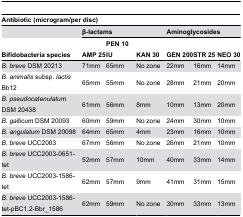
<table><thead><tr><td colspan="7"><b>Antibiotic (microgram/per disc)</b></td></tr><tr><td></td><td colspan="3"><b>β-lactams</b></td><td colspan="3"><b>Aminoglycosides</b></td></tr><tr><td><b>Bifidobacteria species</b></td><td><b>AMP 25</b></td><td><b>PEN 10 IU</b></td><td><b>KAN 30</b></td><td><b>GEN 200</b></td><td><b>STR 25</b></td><td><b>NEO 30</b></td></tr></thead><tbody><tr><td><i>B. breve</i> DSM 20213</td><td>71mm</td><td>65mm</td><td>No zone</td><td>22mm</td><td>16mm</td><td>14mm</td></tr><tr><td><i>B. animalis</i> subsp. <i>lactis</i> Bb12</td><td>65mm</td><td>55mm</td><td>No zone</td><td>28mm</td><td>21mm</td><td>20mm</td></tr><tr><td><i>B. pseudocatenulatum</i> DSM 20438</td><td>61mm</td><td>56mm</td><td>8mm</td><td>10mm</td><td>13mm</td><td>20mm</td></tr><tr><td><i>B. gallicum</i> DSM 20093</td><td>60mm</td><td>59mm</td><td>No zone</td><td>24mm</td><td>30mm</td><td>10mm</td></tr><tr><td><i>B. angulatum</i> DSM 20098</td><td>64mm</td><td>65mm</td><td>4mm</td><td>23mm</td><td>16mm</td><td>10mm</td></tr><tr><td><i>B. breve</i> UCC2003</td><td>67mm</td><td>56mm</td><td>No zone</td><td>26mm</td><td>21mm</td><td>10mm</td></tr><tr><td><i>B. breve</i> UCC2003-0651-tet</td><td>52mm</td><td>57mm</td><td>10mm</td><td>40mm</td><td>33mm</td><td>14mm</td></tr><tr><td><i>B. breve</i> UCC2003-1586-tet</td><td>62mm</td><td>57mm</td><td>9mm</td><td>41mm</td><td>31mm</td><td>15mm</td></tr><tr><td><i>B. breve</i> UCC2003-1586-tet-pBC1.2-Bbr_1586</td><td>62mm</td><td>59mm</td><td>No zone</td><td>30mm</td><td>33mm</td><td>13mm</td></tr></tbody></table>